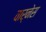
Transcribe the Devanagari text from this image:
वार्नेस